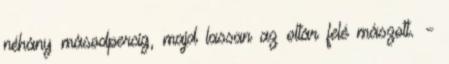
néhány másodpercig, majd lassan az oltár felé mászott. –